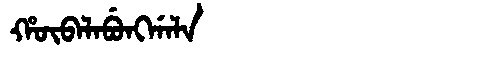
Manchu: ᡥᡡᠪᠠᠯᠠᠪᡠᠩᡤᠠᠯᠠ
Romanization: HŪBALABUNGGALA